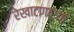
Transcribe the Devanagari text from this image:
रेखाटणाऱ्या